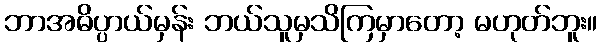
ဘာအဓိပ္ပာယ်မှန်း ဘယ်သူမှသိကြမှာတော့ မဟုတ်ဘူး။